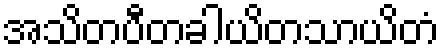
အသိတပီတခါယိတသာယိတံ